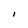
Character: I